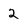
Character: 2